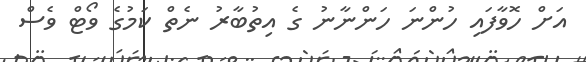
އަށް ހޮވާފައި ހުންނަ ހަންނާނު ގެ އިތުބާރު ނެތް ކަމުގެ ވޯޓް ވެސް